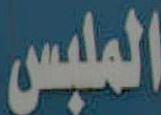
الملبس